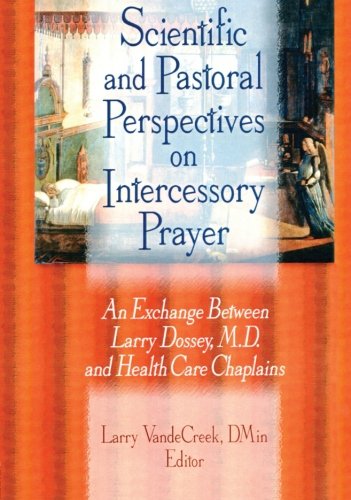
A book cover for Scientific and Pastoral Perspectives on Intercessory Prayer: An Exchange Between Larry Dossey, MD, and Health Care Chaplains; Larry Van De Creek; Christian Books & Bibles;